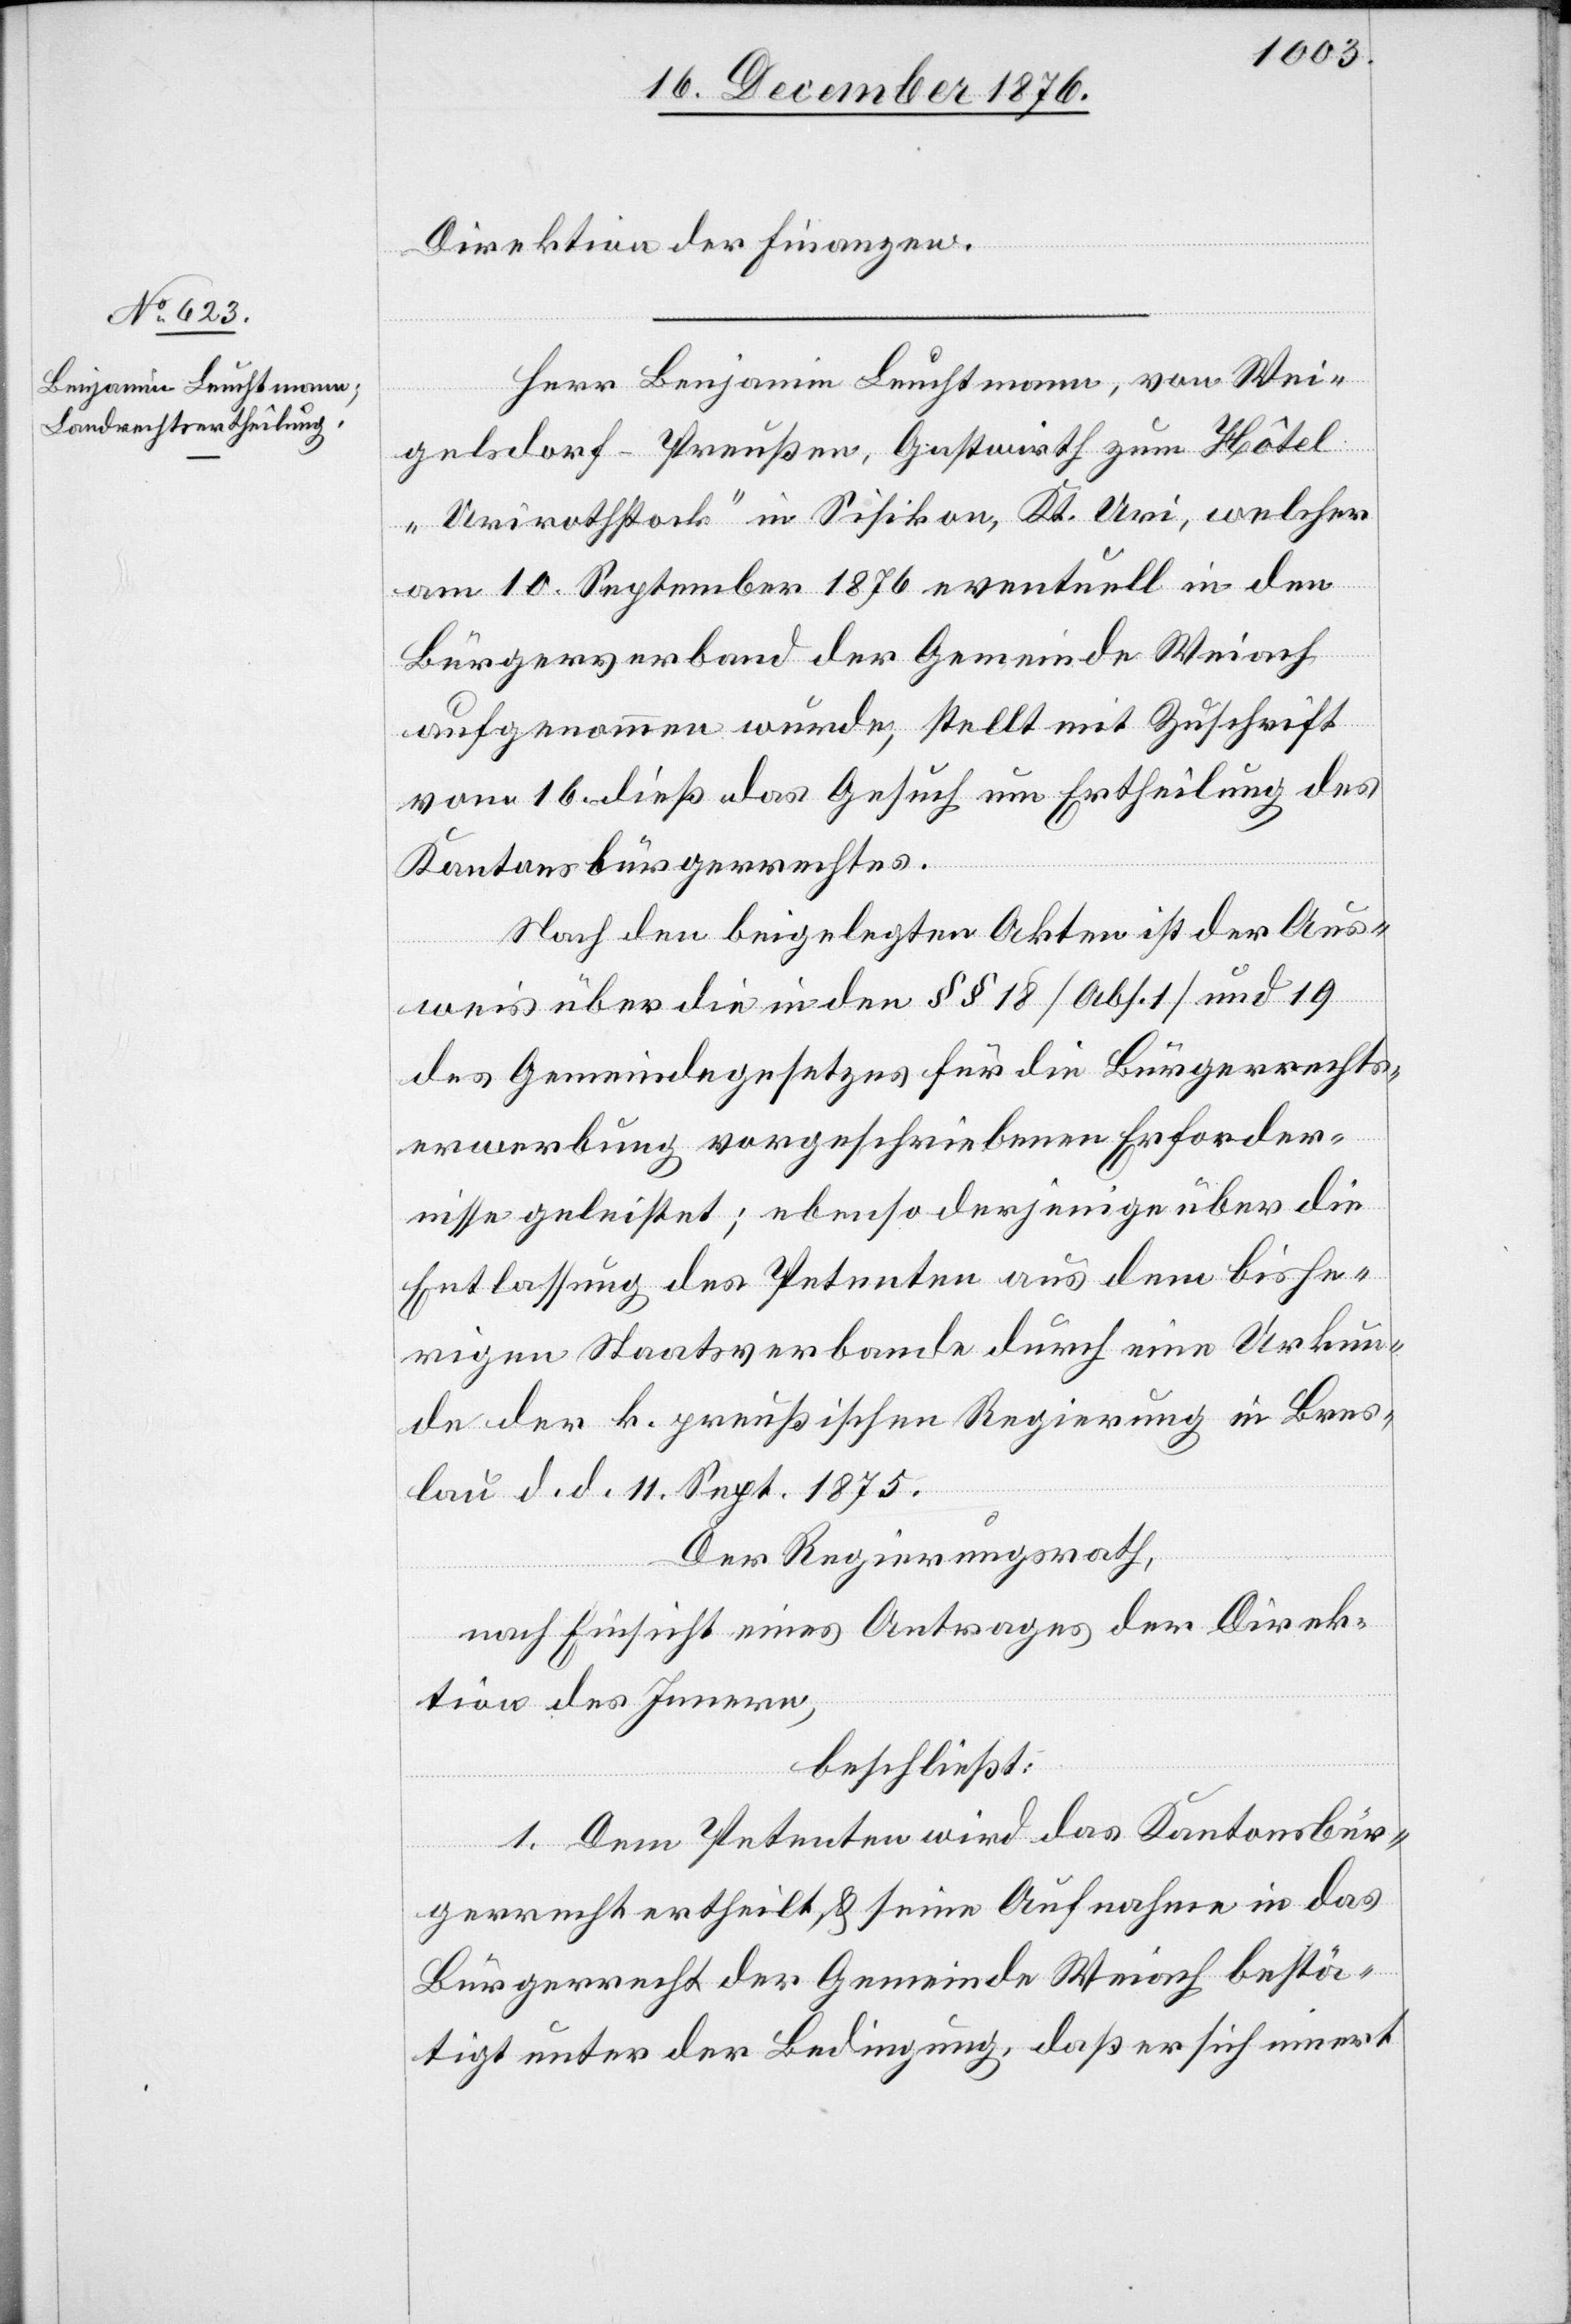
Direktion der Finanzen.
Herr Benjamin Leuchtmann, von Wei¬
gelsdorf - Preußen, Gastwirth zum Hôtel
„Urirothstock“ in Sisikon, Kt. Uri, welcher
am 10. September 1876 eventuell in den
Bürgerverband der Gemeinde Weiach
aufgenommen wurde, stellt mit Zuschrift
vom 16. dieß das Gesuch um Ertheilung des
Kantonsbürgerrechtes.
Nach den beigelegten Akten ist der Aus¬
weis über die in den §§ 18 [Abs. 1] und 19
des Gemeindegesetzes für die Bürgerrechts¬
erwerbung vorgeschriebenen Erforder¬
nisse geleistet; ebenso derjenige über die
Entlassung des Petenten aus dem bishe¬
rigen Staatsverbande durch eine Urkun¬
de der k. preußischen Regierung in Bres¬
laus d. d. 11. Sept. 1875.
Der Regierungsrath,
nach Einsicht eines Antrages der Direk¬
tion des Innern,
beschließt:
1. Dem Petenten wird das Kantonsbür¬
gerrecht ertheilt & seine Aufnahme in das
Bürgerrecht der Gemeinde Weiach bestä¬
tigt unter der Bedingung, daß er sich innert